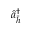
\hat { a } _ { \bar { h } } ^ { \dagger }